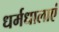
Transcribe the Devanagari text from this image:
धर्मधालाएं